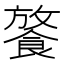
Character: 𩜢